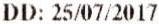
DD: 25/07/2017